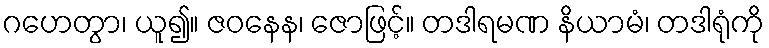
ဂဟေတွာ၊ ယူ၍။ ဇဝနေန၊ ဇောဖြင့်။ တဒါရမဏ နိယာမံ၊ တဒါရုံကို